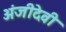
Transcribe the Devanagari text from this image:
अंजीदेवी